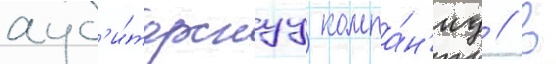
ауд'и́торскуу компа́н'иу // В